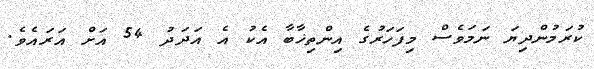
ކުރަމުންދިޔަ ނަމަވެސް މިފަހަރުގެ އިންތިޚާބާ އެެކު އެ އަދަދު 54 އަށް އަރައެެވެ.